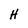
Character: H